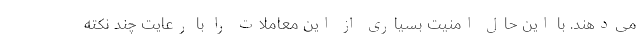
می‌دهند. با این حال امنیت بسیاری از این معاملات را با رعایت چند نکته